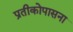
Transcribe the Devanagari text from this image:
प्रतीकोपासना